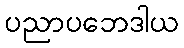
ပညာပဘေဒါယ